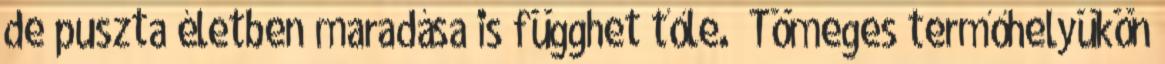
de puszta életben maradása is függhet tőle.” Tömeges termőhelyükön